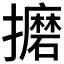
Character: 𫾚